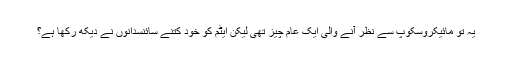
یہ تو مائیکروسکوپ سے نظر آنے والی ایک عام چیز تھی لیکن ایٹم کو خود کتنے سائنسدانوں نے دیکھ رکھا ہے؟